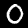
Label: 0